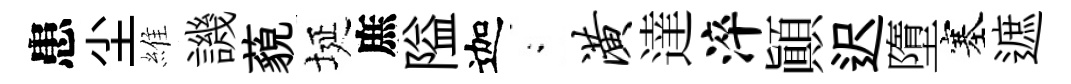
患尘維譏藐埏庶隘迦閤潢達淬顚迟墮塞遮